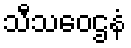
သီသဝေဌနံ